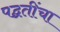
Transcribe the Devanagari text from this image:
पद्घतींचा